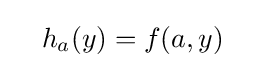
\quad h_{a}(y)=f(a,y)\quad